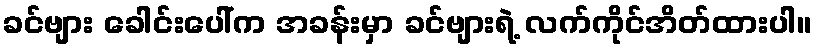
ခင်ဗျား ခေါင်းပေါ်က အခန်းမှာ ခင်ဗျားရဲ့ လက်ကိုင်အိတ်ထားပါ။